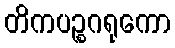
တိကပဉ္စဂရုကော